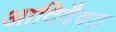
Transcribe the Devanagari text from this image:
आदिदैवत